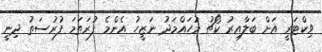
ވިކްޓަރީ އަށް ބަލާއިރު ކޯޗު މުހައްމަދު ނަޒީހު އެންމެ ފުރަތަމަ ފުރުސަތު ދިނީ